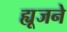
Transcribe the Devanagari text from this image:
ह्यूजने